NAE_EAOK_eestikeelsed_sunnimeetrikad, lk 202
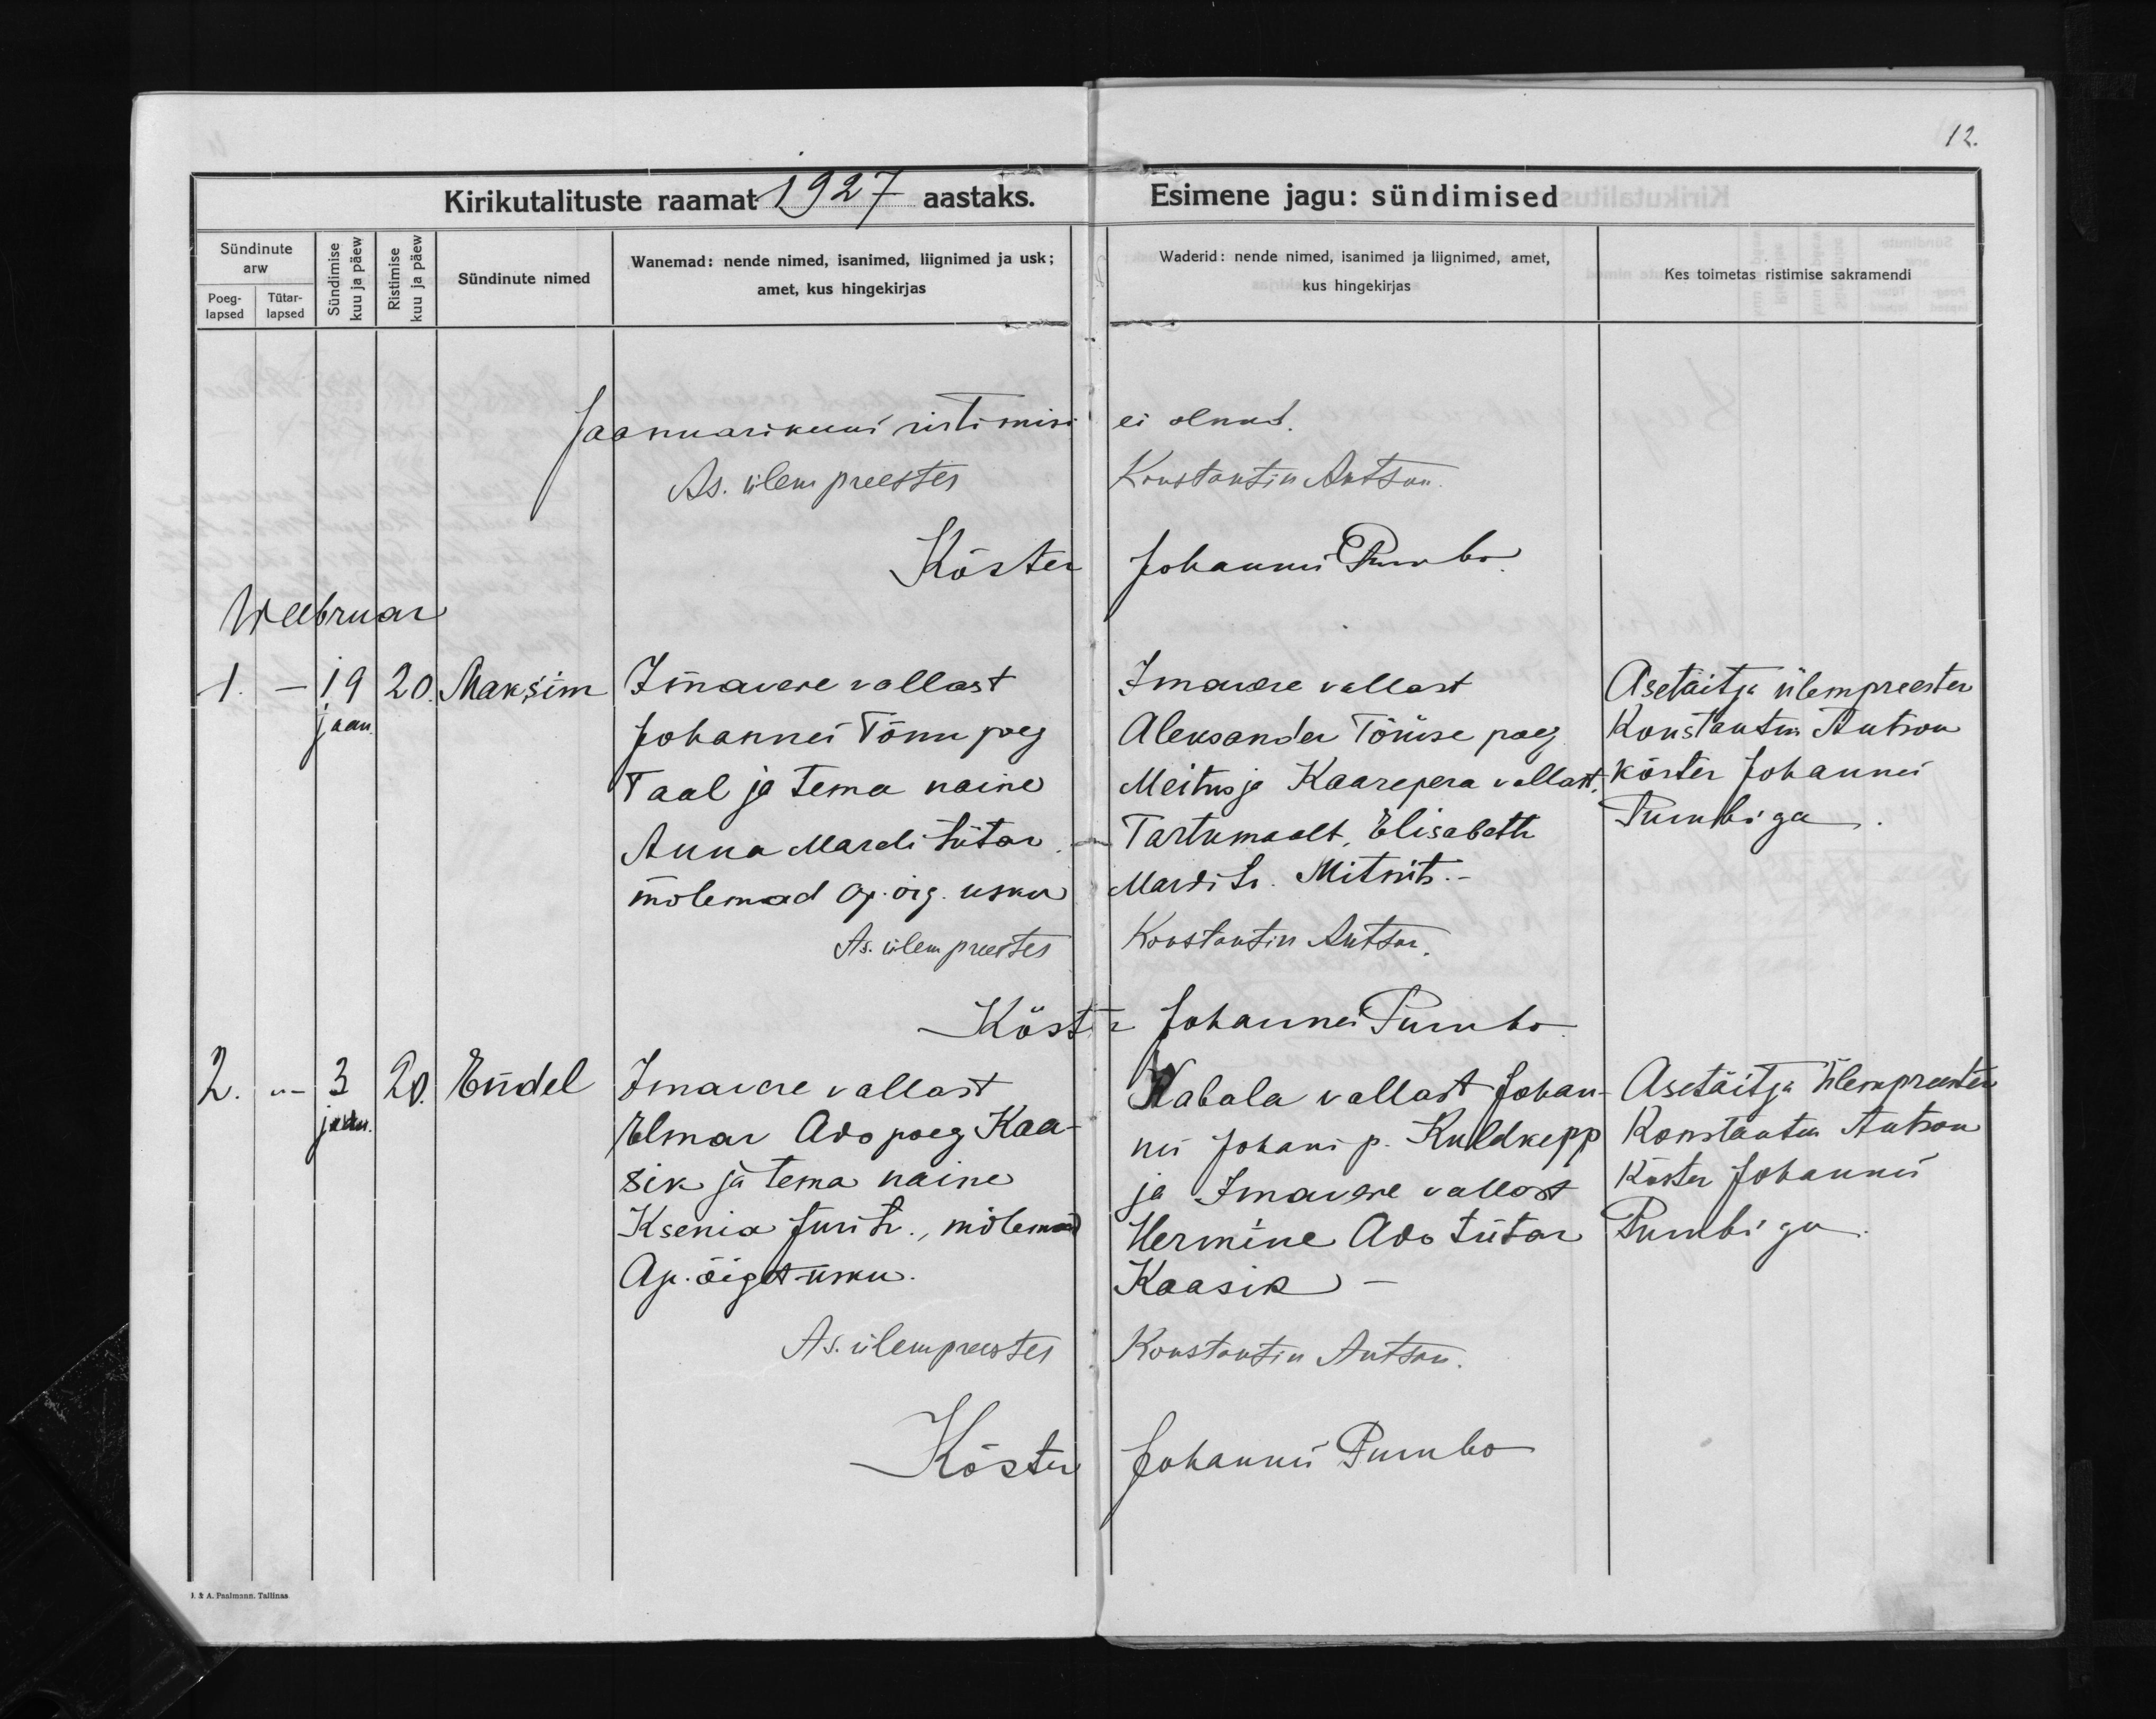
Maksim

Endel

Imavere vallast
Johannes Tõnu poeg
Taal ja tema naine
Auna Mareti tütar
mõlemad ap. õig. usku

Imavere vallast
Elmar Ado poeg Kaa-
sik ja tema naine
Ksenia Juri tr., mõlemad
Ap. õiget usku.